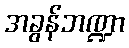
အခွန်ဘဏ္ဍာ